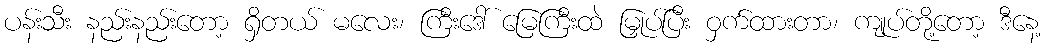
ပန်းသီး နည်းနည်းတော့ ရှိတယ် မလေး၊ ကြီးဒေါ် မြေကြီးထဲ မြှုပ်ပြီး ဝှက်ထားတာ၊ ကျုပ်တို့တော့ ဒီနေ့